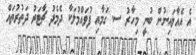
އެ އެއާލައިނުން ބުނީ މިހާރު ސ. ގަމާއި ފުވައްމުލަކާ ދެމެދު ޗާޓަރު ދަތުރުތައް